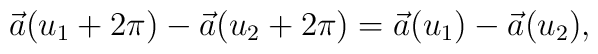
\vec a(u_1+2\pi)-\vec a(u_2+2\pi)=  \vec a(u_1)-\vec a(u_2),